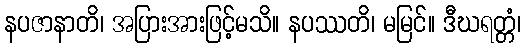
နပဇာနာတိ၊ အပြားအားဖြင့်မသိ။ နပဿတိ၊ မမြင်။ ဒီဃရတ္တံ၊